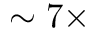
\sim 7 \times